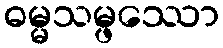
ဓမ္မသမ္ဖဿော